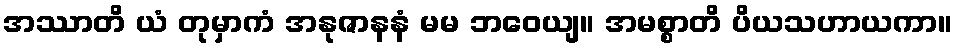
အဿာတိ ယံ တုမှာကံ အနုဇာနနံ မမ ဘဝေယျ။ အမစ္စာတိ ပိယသဟာယကာ။